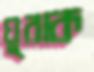
ঘুরাক